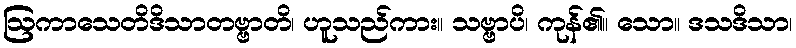
ဩကာသေတိဒိသာတဗ္ဗာတိ၊ ဟူသည်ကား။ သဗ္ဗာပိ၊ ကုန်၏။ သော။ ဒသဒိသာ၊